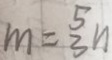
m = \frac { 5 } { 3 } n